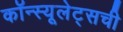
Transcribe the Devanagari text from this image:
कॉन्स्यूलेट्सची